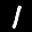
Label: 1